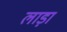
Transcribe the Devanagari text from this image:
लाड़ा